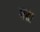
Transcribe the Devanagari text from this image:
मशा